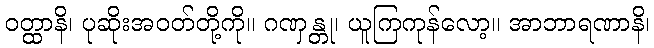
ဝတ္ထာနိ၊ ပုဆိုးအဝတ်တို့ကို။ ဂဏှန္တု၊ ယူကြကုန်လော့။ အာဘာရဏာနိ၊